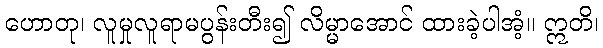
ဟောတု၊ လူမှုလူရာမပွန်းတီး၍ လိမ္မာအောင် ထားခဲ့ပါအံ့။ ဣတိ၊